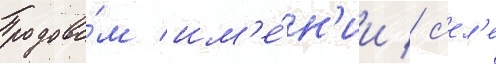
родово́м им'е́н'ии / с'ел'е